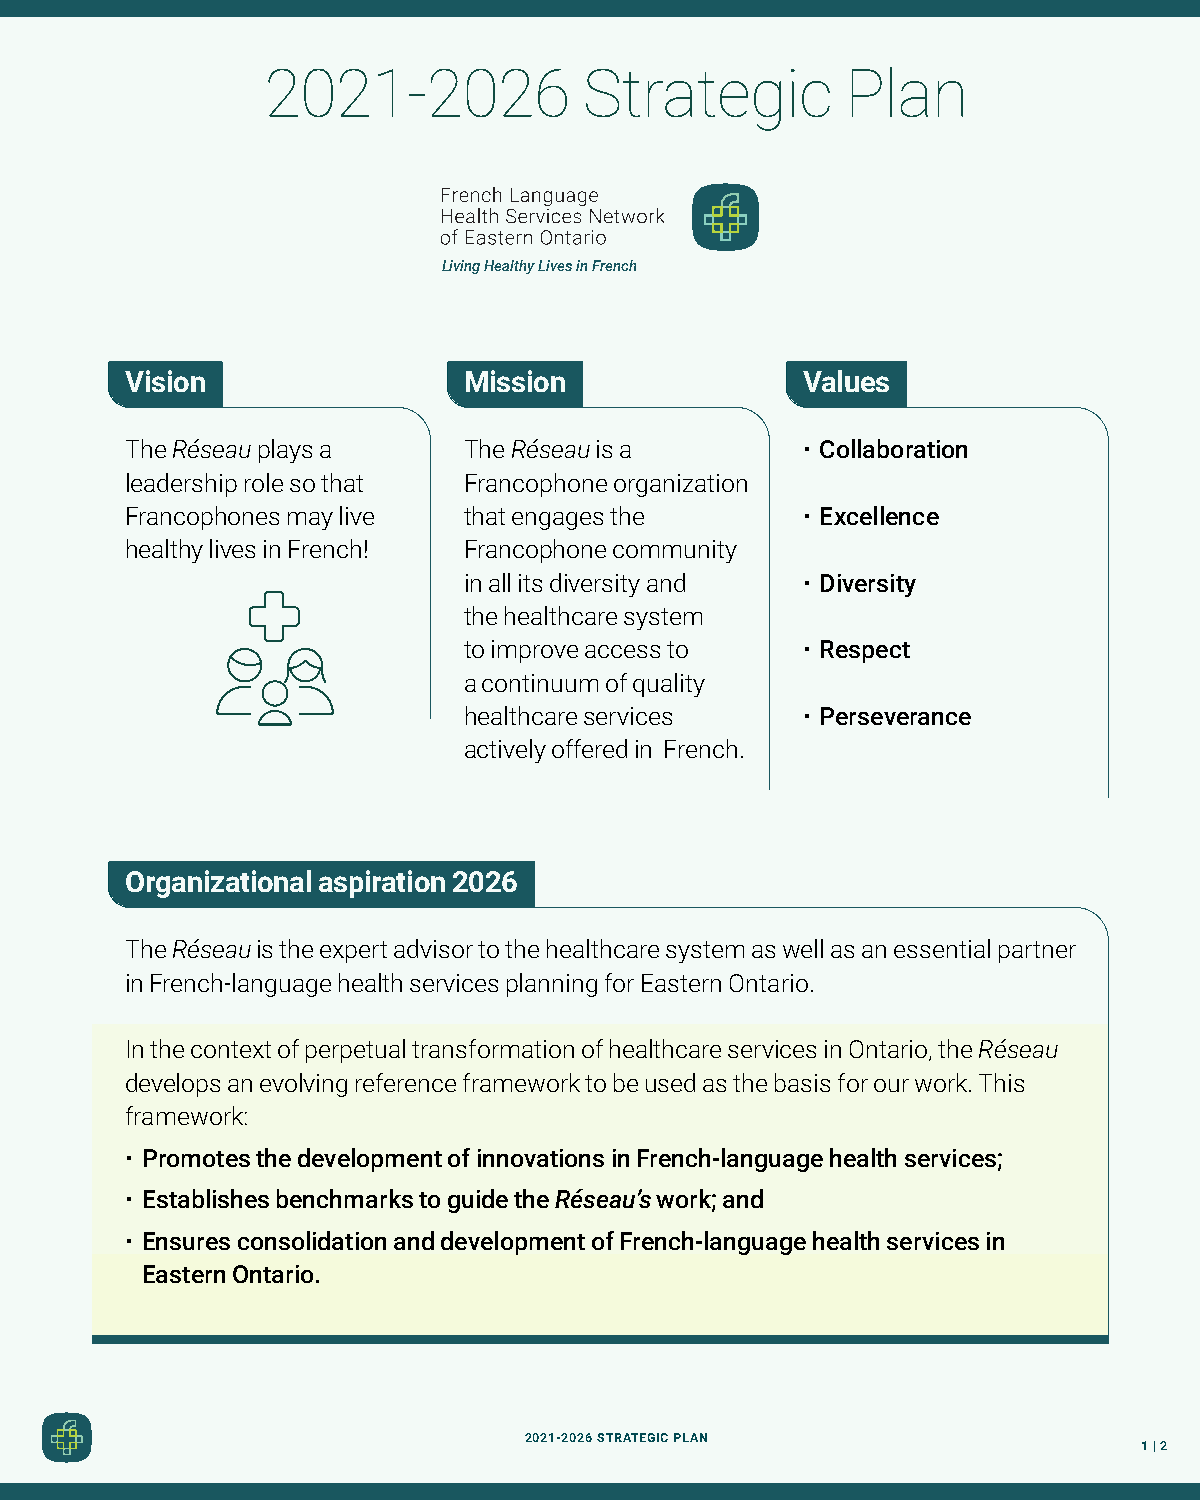
2021-2026            Strategic        Plan
 Living Healthy Lives in French
 Vision                 Mission               Values
 The Réseau plays a     The Réseau is a       • Collaboration
 leadership role so that Francophone organization
 Francophones may live  that engages the      • Excellence
 healthy lives in French! Francophone community
 in all its diversity and • Diversity
 the healthcare system
 to improve access to  • Respect
 a continuum of quality
 healthcare services   • Perseverance
 actively offered in French.
 Organizational aspiration 2026
 The Réseau is the expert advisor to the healthcare system as well as an essential partner
 in French-language health services planning for Eastern Ontario.
 In the context of perpetual transformation of healthcare services in Ontario, the Réseau
 develops an evolving reference framework to be used as the basis for our work. This
 framework:
 • Promotes the development of innovations in French-language health services;
 • Establishes benchmarks to guide the Réseau’s work; and
 • Ensures consolidation and development of French-language health services in
 Eastern Ontario.
 2021-2026 STRATEGIC PLAN
 1 | 2